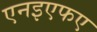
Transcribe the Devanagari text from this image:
एनइएफए